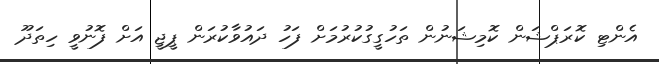
އެންޓި ކޮރަޕްޝަން ކޮމިޝަނުން ތަހުގީގުކުރުމަށް ފަހު ދައުވާކުރަން ޕީޖީ އަށް ފޮނުވީ ހިތަދޫ